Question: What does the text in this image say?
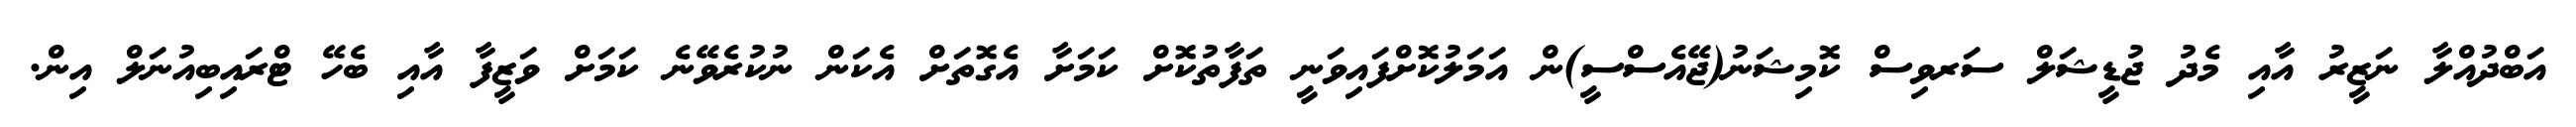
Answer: އަބްދުއްލާ ނަޒީރު އާއި މެދު ޖުޑީޝަލް ސަރވިސް ކޮމިޝަނު(ޖޭއެސްސީ)ން އަމަލުކޮށްފައިވަނީ ތަފާތުކޮށް ކަމަށާ އެގޮތަށް އެކަން ނުކުރެވޭނެ ކަމަށް ވަޒީފާ އާއި ބެހޭ ޓްރައިބިއުނަލް އިން.